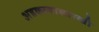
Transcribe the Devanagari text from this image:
अडकल्यासारखी